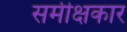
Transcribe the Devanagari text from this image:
समीक्षकार